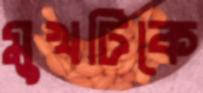
মুখটিকে